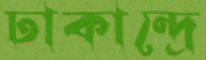
ঢাকান্দ্রে